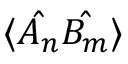
\langle \hat { A _ { n } } \hat { B _ { m } } \rangle